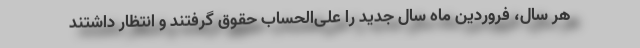
هر سال، فروردین ماه سال جدید را علی‌الحساب حقوق گرفتند و انتظار داشتند